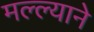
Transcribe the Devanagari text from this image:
मल्ल्याने